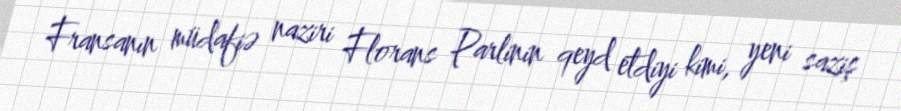
Fransanın müdafiə naziri Florans Parlinin qeyd etdiyi kimi, yeni saziş